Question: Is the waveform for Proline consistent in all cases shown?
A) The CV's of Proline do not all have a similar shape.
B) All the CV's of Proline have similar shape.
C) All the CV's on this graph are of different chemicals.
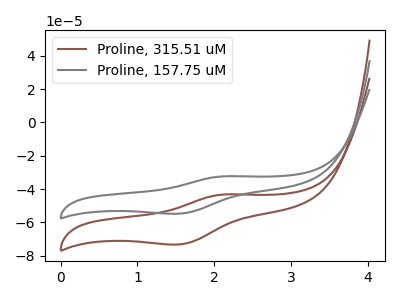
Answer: <think>The brown curve "Proline, 315.51 uM" has an anodic peak at (2.15V, -43.20uA) and a cathodic peak at (1.55V, -73.15uA). The gray curve "Proline, 157.75 uM" has an anodic peak at (2.15V, -32.30uA) and a cathodic peak at (1.55V, -54.75uA).
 All the peaks in "Proline, 315.51 uM" have a peak in "Proline, 157.75 uM" at the same potential.</think>
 <answer>B) All the CV's of "Proline" have similar shape.</answer>
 <eval>B</eval>